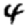
Digit: 4